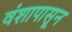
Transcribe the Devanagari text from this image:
वंशापासून